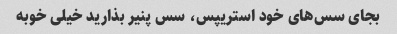
بجای سس‌های خود استریپس، سس پنیر بذارید خیلی خوبه